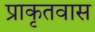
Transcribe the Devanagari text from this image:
प्राकृतवास